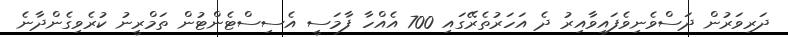
ދަރިވަރުން ދަސްވެނިވެފައިވާއިރު ދެ އަހަރުތެރޭގައި 700 އެއްހާ ފާމަސީ އެސިސްޓެންޓުން ތަމްރީނު ކުރެވިގެންދާނެ